Annual report of the Imperial Bacteriologist
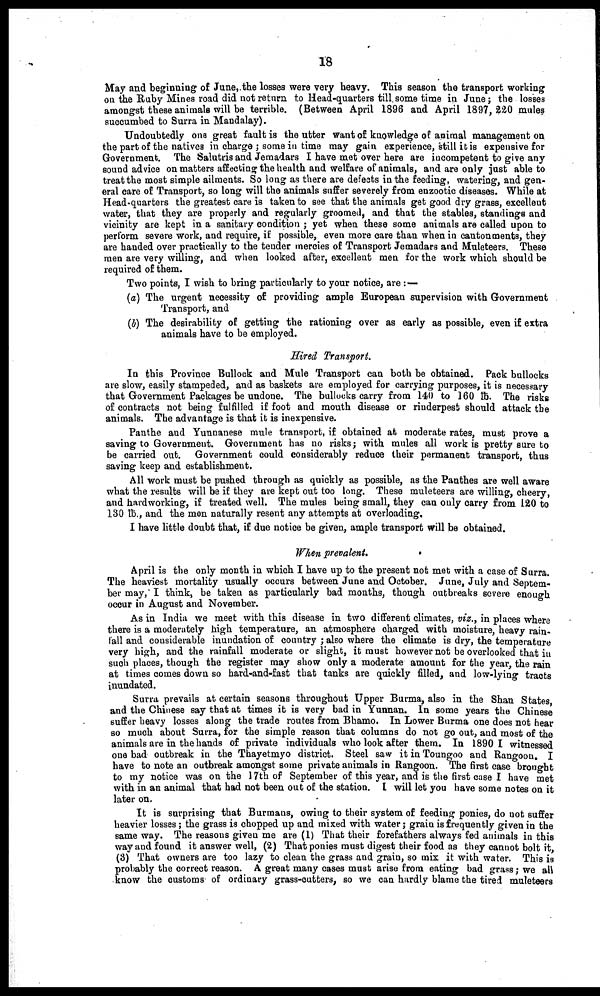
18
May and beginning of June,.the losses were very heavy. This season the transport working
on the Ruby Mines road did not return to Head-quarters till some time in June; the losses
amongst these animals will be terrible. (Between April 1896 and April 1897, 220 mules
succumbed to Surra in Mandalay).
Undoubtedly one great fault is the utter want of knowledge of animal management on
the part of the natives in charge ; some in time may gain experience, still it is expensive for
Government. The Salutris and Jemadars I have met over here are incompetent to give any
sound advice on matters affecting the health and welfare of animals, and are only just able to
treat the most simple ailments. So long as there are defects in the feeding, watering, and gen-
eral care of Transport, so long will the animals suffer severely from enzootic diseases. While at
Head-quarters the greatest care is taken to see that the animals get good dry grass, excellent
water, that they are properly and regularly groomed, and that the stables, standings and
vicinity are kept in a sanitary condition ; yet when these some animals are called upon to
perform severe work, and require, if possible, even more care than when in cantonments, they
are handed over practically to the tender mercies of Transport Jemadars and Muleteers. These
men are very willing, and when looked after, excellent men for the work which should be
required of them.
Two points, I wish to bring particularly to your notice, are :-
(a) The urgent necessity of providing ample European supervision with Government
Transport, and
(b) The desirability of getting the rationing over as early as possible, even if extra
animals have to be employed.
Hired Transport.
In this Province Bullock and Mule Transport can both be obtained. Pack bullocks
are slow, easily stampeded, and as baskets are employed for carrying purposes, it is necessary
that Government Packages be undone. The bullocks carry from 140 to 160 lb. The risks
of contracts not being fulfilled if foot and mouth disease or rinderpest should attack the
animals. The advantage is that it is inexpensive.
Panthe and Yunnanese mule transport, if obtained at moderate rates, must prove a
saving to Government. Government has no risks; with mules all work is pretty sure to
be carried out. Government could considerably reduce their permanent transport, thus
saving keep and establishment.
All work must be pushed through as quickly as possible, as the Panthes are well aware
what the results will be if they are kept out too long. These muleteers are willing, cheery,
and hardworking, if treated well. The mules being small, they can only carry from 120 to
130 lb., and the men naturally resent any attempts at overloading.
I have little doubt that, if due notice be given, ample transport will be obtained.
When prevalent.
April is the only month in which I have up to the present not met with a case of Surra.
The heaviest mortality usually occurs between June and October. June, July and Septem-
ber may, I think, be taken as particularly bad months, though outbreaks severe enough
occur in August and November.
As in India we meet with this disease in two different climates, viz., in places where
there is a moderately high temperature, an atmosphere charged with moisture, heavy rain-
fall and considerable inundation of country ; also where the climate is dry, the temperature
very high, and the rainfall moderate or slight, it must however not be overlooked that in
such places, though the register may show only a moderate amount for the year, the rain
at times comes down so hard-and-fast that tanks are quickly filled, and low-lying tracts
inundated.
Surra prevails at certain seasons throughout Upper Burma, also in the Shan States
and the Chinese say that at times it is very bad in Yunnan. In some years the Chinese
suffer heavy losses along the trade routes from Bhamo. In Lower Burma one does not hear
so much about Surra, for the simple reason that columns do not go out, and most of the
animals are in the hands of private individuals who look after them. In 1890 I witnessed
one bad- outbreak in the Thayetmyo district. Steel saw it in Toungoo and Rangoon. I
have to note an outbreak amongst some private animals in Rangoon. The first case brought
to my notice was on the 17th of September of this year, and is the first case I have met
with in an animal that had not been out of the station. I will let you have some notes on it
later on.
It is surprising that Burmans, owing to their system of feeding ponies, do not suffer
heavier losses; the grass is chopped up and mixed with water; grain is frequently given in the
same way. The reasons given me are (1) That their forefathers always fed animals in this
way and found it answer well, (2) That ponies must digest their food as they cannot bolt it,
(3) That owners are too lazy to clean the grass and grain, so mix it with water. This is
probably the correct reason. A great many cases must arise from eating bad grass; we all
know the customs of ordinary grass-cutters, so we can hardly blame the tired muleteers